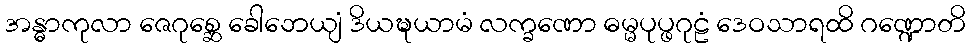
အန္ဓာကုလာ ဇေဂုစ္ဆေ ခေါဘေယျံ ဒိယဍ္ဎယာမံ လက္ခဏော ဓမ္မပုပ္ဖဂုဠံ ဒေဝသာရထိ ဂဏ္ဍောတိ